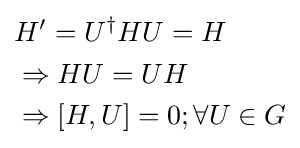
{\begin{aligned}&{H}'={{U}^{\dagger }}HU=H\\&\Rightarrow HU=UH\\&\Rightarrow [H,U]=0;\forall U\in G\\\end{aligned}}